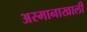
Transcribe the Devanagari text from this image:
अस्मानाखाली